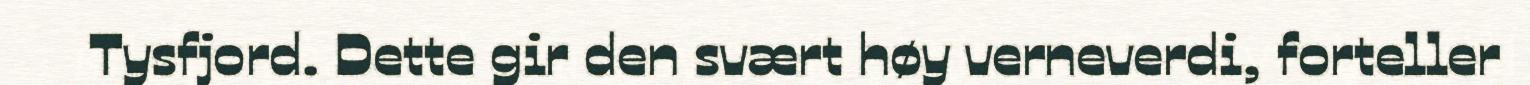
Tysfjord. Dette gir den svært høy verneverdi, forteller